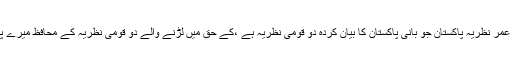
صرف درمیان میں ایک سرحد فرق ہے‘‘کیا ساری عمر نظریہ پاکستان جو بانی پاکستان کا بیان کردہ دو قومی نظریہ ہے ،کے حق میں لڑنے والے دو قومی نظریہ کے محافظ میرے پیارے صحافی بھائی نے ان بیان کا تجزیہ نہیں کیا؟